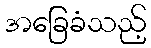
အခြေခံသည့်